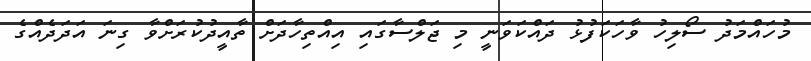
މުހައްމަދު ސޯލިހު ވާހަކަފުޅު ދައްކަވަނީ މި ޖަލްސާގައި އިއްތިހާދަށް ތާއީދުކުރަށްވާ ގިނަ އަދަދެއްގެ